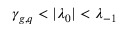
\gamma _ { g , q } < | \lambda _ { 0 } | < \lambda _ { - 1 }